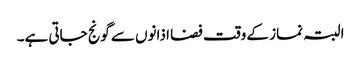
البتہ نماز کے وقت فضا اذانوں سے گونج جاتی ہے۔